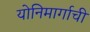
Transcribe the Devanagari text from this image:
योनिमार्गाची